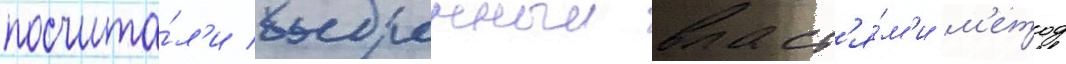
посчита́л'и выбранныи власт'я́м'и м'етод